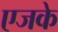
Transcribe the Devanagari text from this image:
एजके